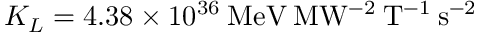
K _ { L } = 4 . 3 8 \times 1 0 ^ { 3 6 } \mathrm { \: M e V \: M W ^ { - 2 } \: T ^ { - 1 } \: s ^ { - 2 } }